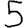
Digit: 5